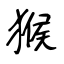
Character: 猴